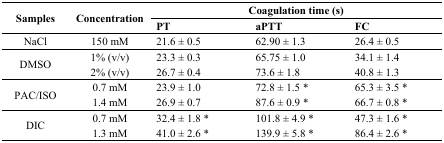
<table><thead><tr><td rowspan="2"><b>Samples</b></td><td rowspan="2"><b>Concentration</b></td><td colspan="3"><b>Coagulation time (s)</b></td></tr><tr><td><b>PT</b></td><td><b>aPTT</b></td><td><b>FC</b></td></tr></thead><tbody><tr><td>NaCl</td><td>150 mM</td><td>21.6 ± 0.5</td><td>62.90 ± 1.3</td><td>26.4 ± 0.5</td></tr><tr><td rowspan="2">DMSO</td><td>1% (v/v)</td><td>23.3 ± 0.3</td><td>65.75 ± 1.0</td><td>34.1 ± 1.4</td></tr><tr><td>2% (v/v)</td><td>26.7 ± 0.4</td><td>73.6 ± 1.8</td><td>40.8 ± 1.3</td></tr><tr><td rowspan="2">PAC/ISO</td><td>0.7 mM</td><td>23.9 ± 1.0</td><td>72.8 ± 1.5 *</td><td>65.3 ± 3.5 *</td></tr><tr><td>1.4 mM</td><td>26.9 ± 0.7</td><td>87.6 ± 0.9 *</td><td>66.7 ± 0.8 *</td></tr><tr><td rowspan="2">DIC</td><td>0.7 mM</td><td>32.4 ± 1.8 *</td><td>101.8 ± 4.9 *</td><td>47.3 ± 1.6 *</td></tr><tr><td>1.3 mM</td><td>41.0 ± 2.6 *</td><td>139.9 ± 5.8 *</td><td>86.4 ± 2.6 *</td></tr></tbody></table>